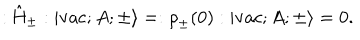
: \hat { \mathrm { H } } _ { \pm } : | \mathrm { v a c } ; A ; \pm \rangle = : { \rho } _ { \pm } ( 0 ) : | \mathrm { v a c } ; A ; \pm \rangle = 0 .